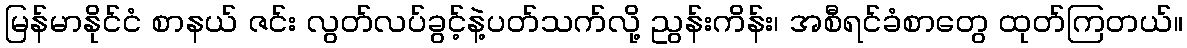
မြန်မာနိုင်ငံ စာနယ် ဇင်း လွတ်လပ်ခွင့်နဲ့ပတ်သက်လို့ ညွန်းကိန်း၊ အစီရင်ခံစာတွေ ထုတ်ကြတယ်။